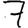
Digit: 7